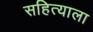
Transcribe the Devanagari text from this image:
सहित्याला